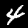
Label: 4